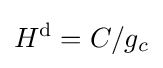
H^{\text{d}}=C/g_{c}